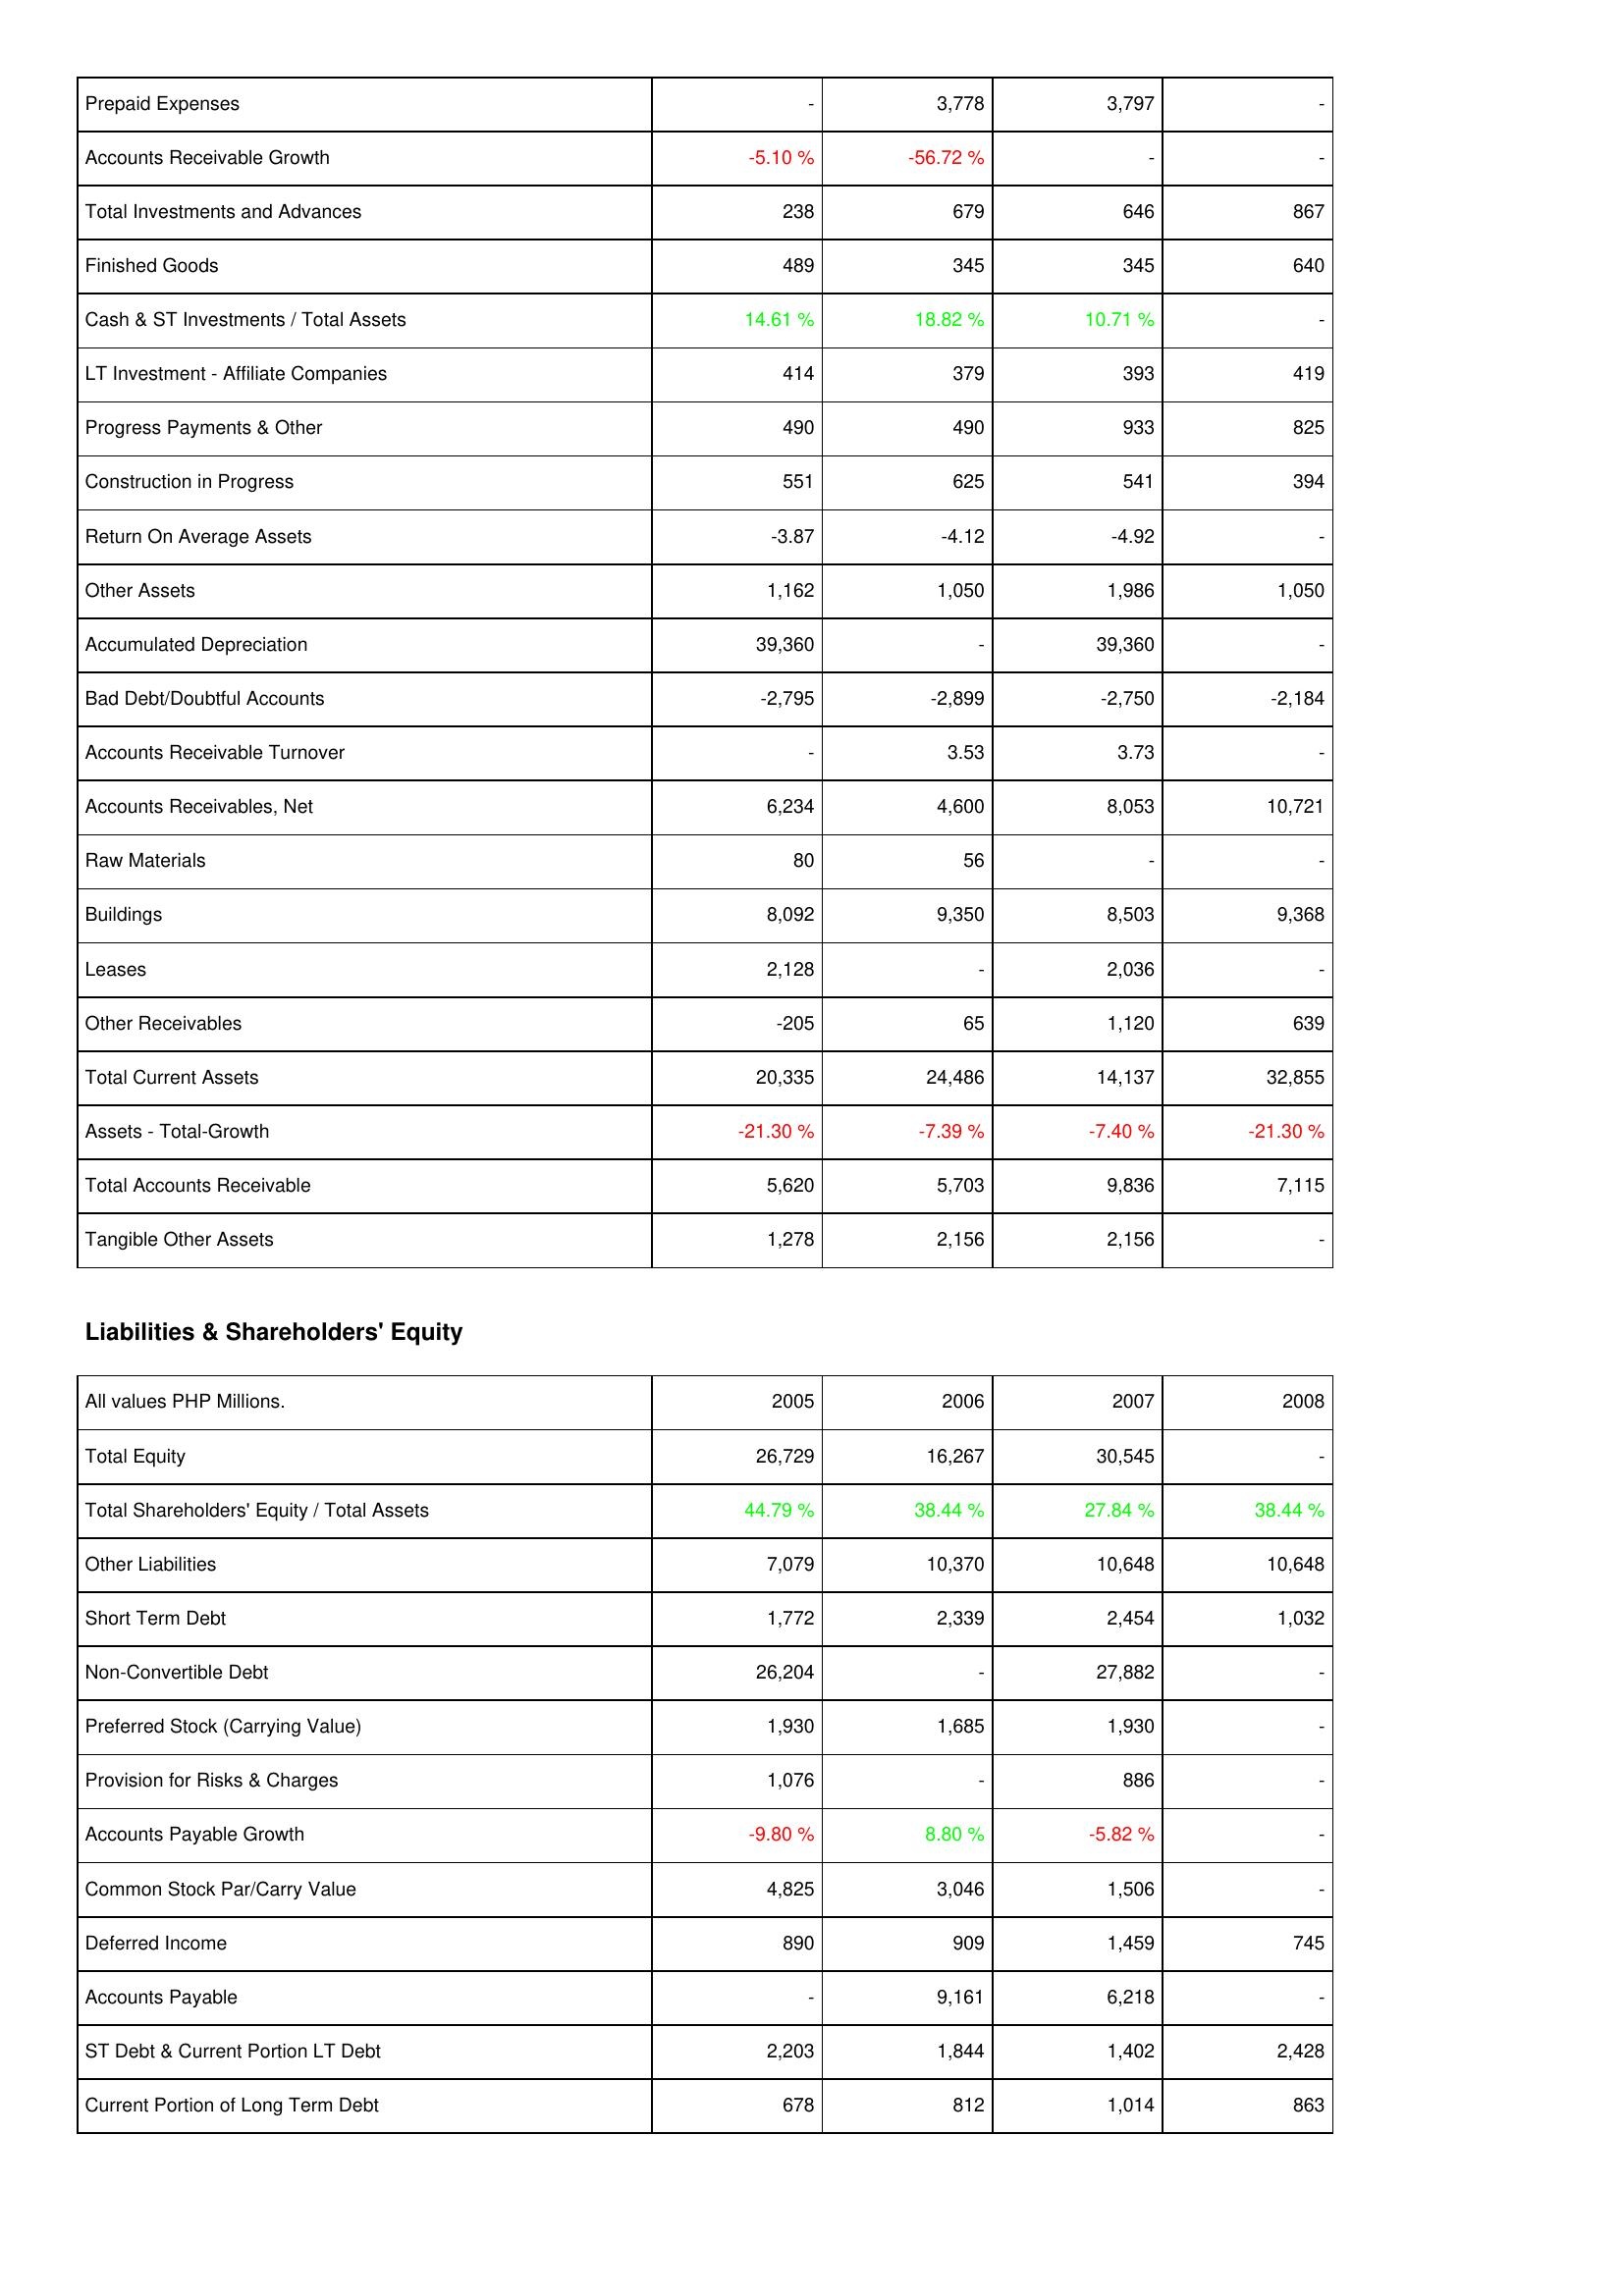
2005: Assets: Prepaid Expenses: -
Accounts Receivable Growth: -5.10 %
Total Investments and Advances: 238
Finished Goods: 489
Cash & ST Investments / Total Assets: 14.61 %
LT Investment - Affiliate Companies: 414
Progress Payments & Other: 490
Construction in Progress: 551
Return On Average Assets: -3.87
Other Assets: 1,162
Accumulated Depreciation: 39,360
Bad Debt/Doubtful Accounts: -2,795
Accounts Receivable Turnover: -
Accounts Receivables, Net: 6,234
Raw Materials: 80
Buildings: 8,092
Leases: 2,128
Other Receivables: -205
Total Current Assets: 20,335
Assets - Total-Growth: -21.30 %
Total Accounts Receivable: 5,620
Tangible Other Assets: 1,278
Liabilities & Shareholders' Equity: Total Equity: 26,729
Total Shareholders' Equity / Total Assets: 44.79 %
Other Liabilities: 7,079
Short Term Debt: 1,772
Non-Convertible Debt: 26,204
Preferred Stock (Carrying Value): 1,930
Provision for Risks & Charges: 1,076
Accounts Payable Growth: -9.80 %
Common Stock Par/Carry Value: 4,825
Deferred Income: 890
Accounts Payable: -
ST Debt & Current Portion LT Debt: 2,203
Current Portion of Long Term Debt: 678
2006: Assets: Prepaid Expenses: 3,778
Accounts Receivable Growth: -56.72 %
Total Investments and Advances: 679
Finished Goods: 345
Cash & ST Investments / Total Assets: 18.82 %
LT Investment - Affiliate Companies: 379
Progress Payments & Other: 490
Construction in Progress: 625
Return On Average Assets: -4.12
Other Assets: 1,050
Accumulated Depreciation: -
Bad Debt/Doubtful Accounts: -2,899
Accounts Receivable Turnover: 3.53
Accounts Receivables, Net: 4,600
Raw Materials: 56
Buildings: 9,350
Leases: -
Other Receivables: 65
Total Current Assets: 24,486
Assets - Total-Growth: -7.39 %
Total Accounts Receivable: 5,703
Tangible Other Assets: 2,156
Liabilities & Shareholders' Equity: Total Equity: 16,267
Total Shareholders' Equity / Total Assets: 38.44 %
Other Liabilities: 10,370
Short Term Debt: 2,339
Non-Convertible Debt: -
Preferred Stock (Carrying Value): 1,685
Provision for Risks & Charges: -
Accounts Payable Growth: 8.80 %
Common Stock Par/Carry Value: 3,046
Deferred Income: 909
Accounts Payable: 9,161
ST Debt & Current Portion LT Debt: 1,844
Current Portion of Long Term Debt: 812
2007: Assets: Prepaid Expenses: 3,797
Accounts Receivable Growth: -
Total Investments and Advances: 646
Finished Goods: 345
Cash & ST Investments / Total Assets: 10.71 %
LT Investment - Affiliate Companies: 393
Progress Payments & Other: 933
Construction in Progress: 541
Return On Average Assets: -4.92
Other Assets: 1,986
Accumulated Depreciation: 39,360
Bad Debt/Doubtful Accounts: -2,750
Accounts Receivable Turnover: 3.73
Accounts Receivables, Net: 8,053
Raw Materials: -
Buildings: 8,503
Leases: 2,036
Other Receivables: 1,120
Total Current Assets: 14,137
Assets - Total-Growth: -7.40 %
Total Accounts Receivable: 9,836
Tangible Other Assets: 2,156
Liabilities & Shareholders' Equity: Total Equity: 30,545
Total Shareholders' Equity / Total Assets: 27.84 %
Other Liabilities: 10,648
Short Term Debt: 2,454
Non-Convertible Debt: 27,882
Preferred Stock (Carrying Value): 1,930
Provision for Risks & Charges: 886
Accounts Payable Growth: -5.82 %
Common Stock Par/Carry Value: 1,506
Deferred Income: 1,459
Accounts Payable: 6,218
ST Debt & Current Portion LT Debt: 1,402
Current Portion of Long Term Debt: 1,014
2008: Assets: Prepaid Expenses: -
Accounts Receivable Growth: -
Total Investments and Advances: 867
Finished Goods: 640
Cash & ST Investments / Total Assets: -
LT Investment - Affiliate Companies: 419
Progress Payments & Other: 825
Construction in Progress: 394
Return On Average Assets: -
Other Assets: 1,050
Accumulated Depreciation: -
Bad Debt/Doubtful Accounts: -2,184
Accounts Receivable Turnover: -
Accounts Receivables, Net: 10,721
Raw Materials: -
Buildings: 9,368
Leases: -
Other Receivables: 639
Total Current Assets: 32,855
Assets - Total-Growth: -21.30 %
Total Accounts Receivable: 7,115
Tangible Other Assets: -
Liabilities & Shareholders' Equity: Total Equity: -
Total Shareholders' Equity / Total Assets: 38.44 %
Other Liabilities: 10,648
Short Term Debt: 1,032
Non-Convertible Debt: -
Preferred Stock (Carrying Value): -
Provision for Risks & Charges: -
Accounts Payable Growth: -
Common Stock Par/Carry Value: -
Deferred Income: 745
Accounts Payable: -
ST Debt & Current Portion LT Debt: 2,428
Current Portion of Long Term Debt: 863